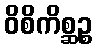
ဝိစိကိစ္ဆဉ္စ